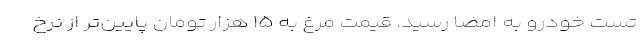
تست خودرو به امضا رسید. قیمت مرغ به ۱۵ هزار تومان پایین‌تر از نرخ